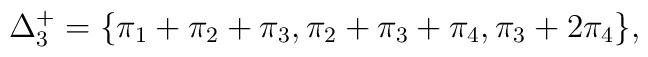
\Delta^+_3=\{ \pi_1+\pi_2+\pi_3, \pi_2+\pi_3+\pi_4, \pi_3+2\pi_4\},